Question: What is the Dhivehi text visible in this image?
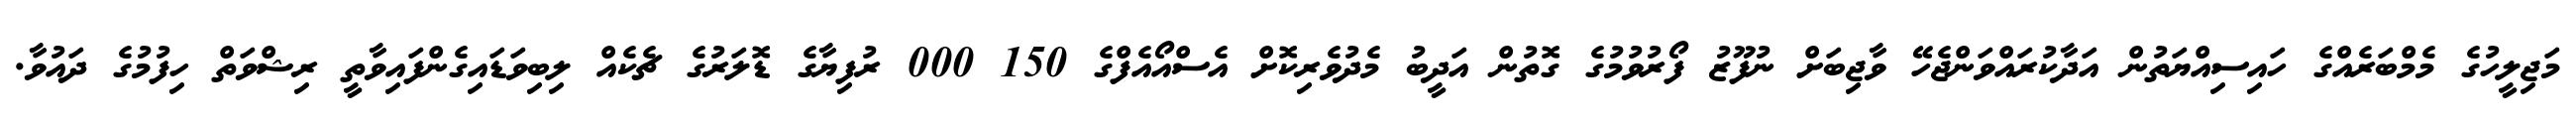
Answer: މަޖިލީހުގެ މެމްބަރެއްގެ ހައިސިއްޔަތުން އަދާކުރައްވަންޖެހޭ ވާޖިބަށް ނުފޫޒު ފޯރުވުމުގެ ގޮތުން އަދީބު މެދުވެރިކޮށް އެސްއޯއެފްގެ 150 000 ރުފިޔާގެ ޑޮލަރުގެ ޗެކެއް ލިބިވަޑައިގެންފައިވާތީ ރިޝްވަތް ހިފުމުގެ ދައުވާ.